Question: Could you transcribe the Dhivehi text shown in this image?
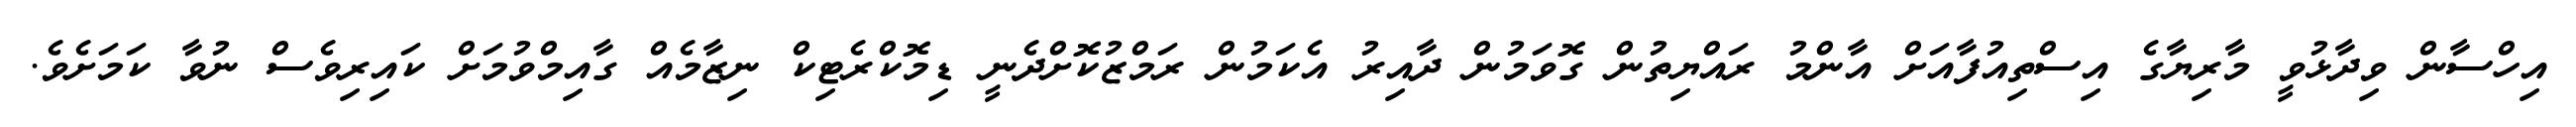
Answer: އިހްސާން ވިދާޅުވީ މާރިޔާގެ އިސްތިއުފާއަށް އާންމު ރައްޔިތުން ގޮވަމުން ދާއިރު އެކަމުން ރަމްޒުކޮށްދެނީ ޑިމޮކްރެޓިކް ނިޒާމެއް ގާއިމްވުމަށް ކައިރިވެސް ނުވާ ކަމަށެވެ.